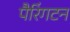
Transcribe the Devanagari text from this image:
पैरिंगटन